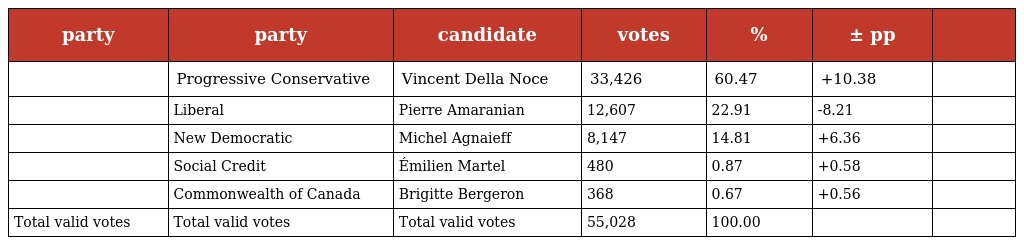
| party | party | candidate | votes | % | ± pp |  |
 | --- | --- | --- | --- | --- | --- | --- |
 |  | Progressive Conservative | Vincent Della Noce | 33,426 | 60.47 | +10.38 |  |
 |  | Liberal | Pierre Amaranian | 12,607 | 22.91 | -8.21 |  |
 |  | New Democratic | Michel Agnaieff | 8,147 | 14.81 | +6.36 |  |
 |  | Social Credit | Émilien Martel | 480 | 0.87 | +0.58 |  |
 |  | Commonwealth of Canada | Brigitte Bergeron | 368 | 0.67 | +0.56 |  |
 | Total valid votes | Total valid votes | Total valid votes | 55,028 | 100.00 |  |  |